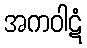
အကဝါဋံ